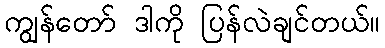
ကျွန်တော် ဒါကို ပြန်လဲချင်တယ်။